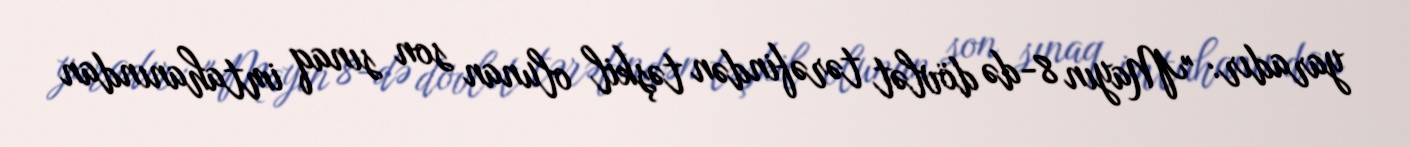
yaradır: "Mayın 8-də dövlət tərəfindən təşkil olunan son sınaq imtahanından